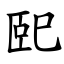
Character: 巸